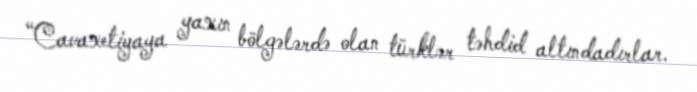
“Cavaxetiyaya yaxın bölgələrdə olan türklər təhdid altındadırlar.